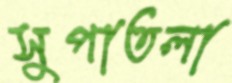
সুপাতলা